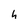
Character: h